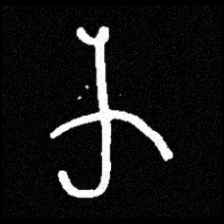
Pyu character \u2014 Myanmar letter: က (romanized: ka)